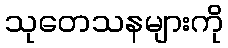
သုတေသနများကို